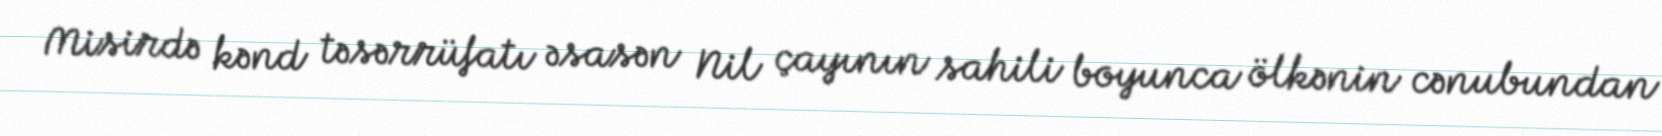
Misirdə kənd təsərrüfatı əsasən Nil çayının sahili boyunca ölkənin cənubundan